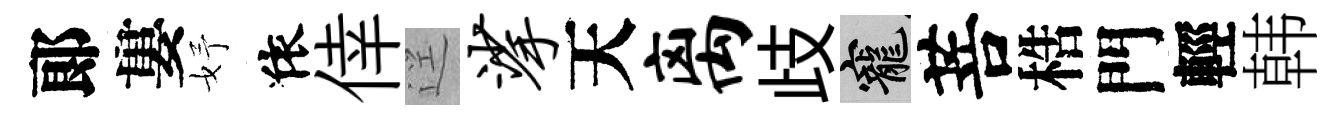
郞婁妤依倖逕挲天离歧寵菩梏門輕韩